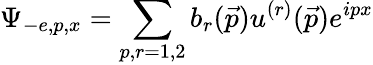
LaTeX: \Psi_{-e,p,x}=\sum_{p,r=1,2}b_{r}(\vec{p})u^{(r)}(\vec{p})e^{ipx}